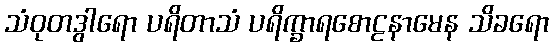
သံဝုတဒွါရော ပရိတာသံ ပရိက္ခာရစောဠနာမေန သိခရော